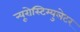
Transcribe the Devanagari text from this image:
न्यूरोस्टिम्युलेटर